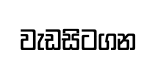
වැඩසිටගන